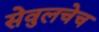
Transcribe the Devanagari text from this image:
सेवुलचेच